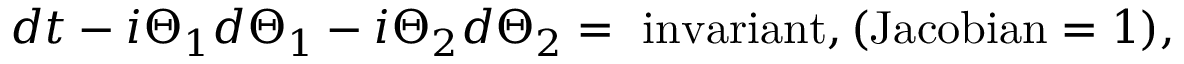
d t - i \Theta _ { 1 } d \Theta _ { 1 } - i \Theta _ { 2 } d \Theta _ { 2 } = \mathrm { ~ i n v a r i a n t } , ( \mathrm { J a c o b i a n } = 1 ) ,